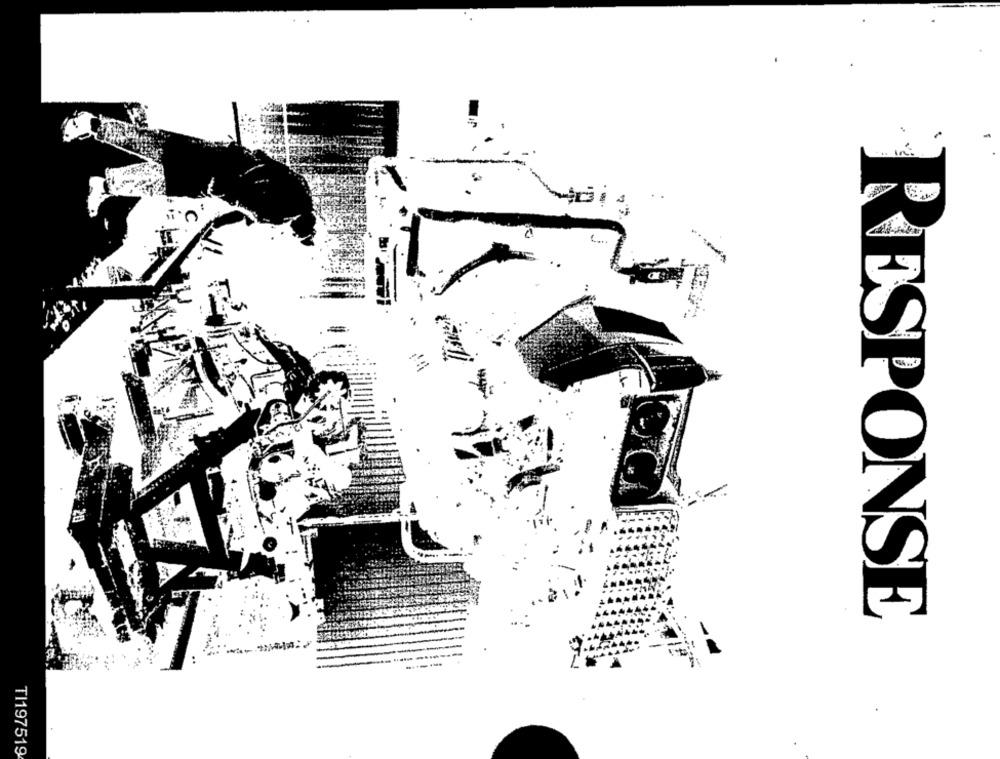
RESPONSE
TI197519